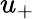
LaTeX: u_{+}